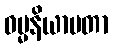
ဓမ္မနိယာမတာ